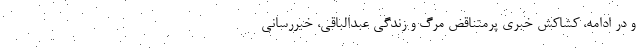
و در ادامه، کشاکش خبری پرمتناقضِ مرگ و زندگی عبدالباقی، خبررسانی